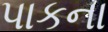
પાકના